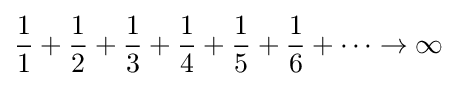
{1 \over 1}+{1 \over 2}+{1 \over 3}+{1 \over 4}+{1 \over 5}+{1 \over 6}+\cdots \rightarrow \infty